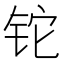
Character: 铊